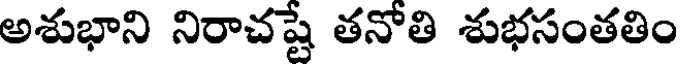
అశుభాని నిరాచష్టే తనోతి శుభసంతతిం